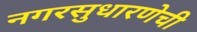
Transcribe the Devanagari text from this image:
नगरसुधारणेची